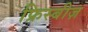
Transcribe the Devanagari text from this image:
फ्रिस्बीज़